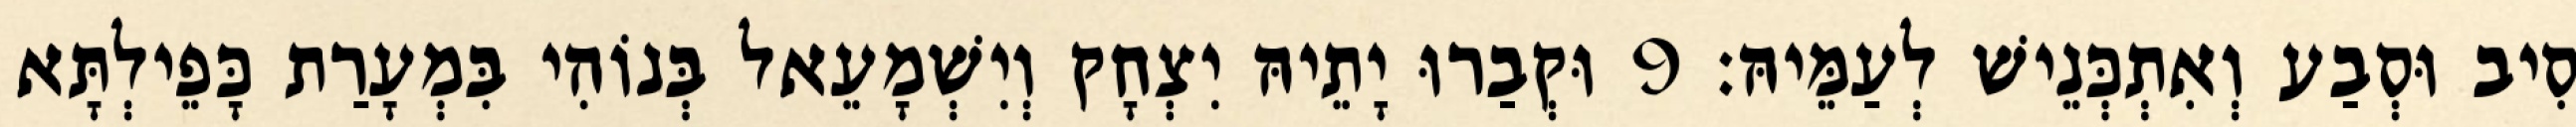
סִיב וּסְבַע וְאִתְכְּנֵישׁ לְעַמֵּיהּ׃ 9 וּקְבַרוּ יָתֵיהּ יִצְחָק וְיִשְׁמָעֵאל בְּנוֹהִי בִּמְעָרַת כָּפֵילְתָּא